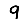
Digit: 9